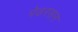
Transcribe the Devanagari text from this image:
पेडरसन